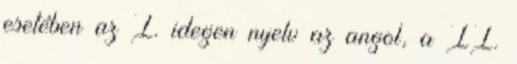
esetében az I. idegen nyelv az angol, a II.